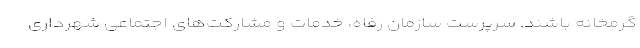
گرمخانه باشند. سرپرست سازمان رفاه، خدمات و مشارکت‌های اجتماعی شهرداری